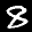
Label: 8